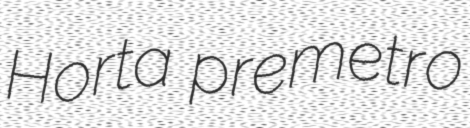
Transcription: Horta premetro